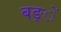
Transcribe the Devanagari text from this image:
बङ्ें